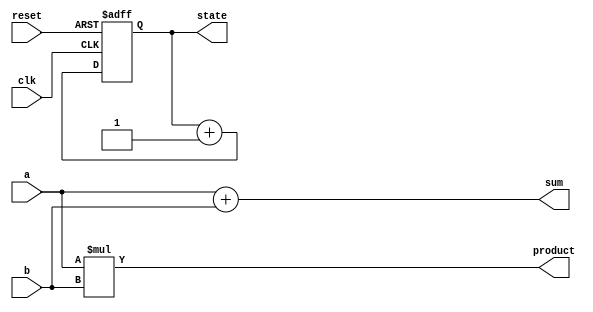
module example_logic (
    input wire clk,              // Clock input
    input wire reset,            // Reset signal
    input wire [3:0] a,         // 4-bit input
    input wire [3:0] b,         // 4-bit input
    output reg [3:0] sum,       // 4-bit output for sum
    output reg [3:0] product,    // 4-bit output for product
    output reg [3:0] state      // 4-bit state register
);

// Combinational Logic using always @*
always @* begin
    // Calculate sum and product based on input a and b
    sum = a + b;               // Example of combinational addition
    product = a * b;           // Example of combinational multiplication
end

// Sequential Logic using always @(posedge clk)
always @(posedge clk or posedge reset) begin
    if (reset) begin
        state <= 4'b0000;      // Reset state to zero
    end else begin
        state <= state + 1;    // Increment state on each clock edge
    end
end

endmodule